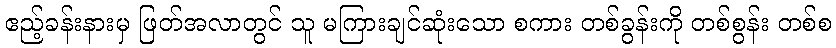
ဧည့်ခန်းနားမှ ဖြတ်အလာတွင် သူ မကြားချင်ဆုံးသော စကား တစ်ခွန်းကို တစ်စွန်း တစ်စ